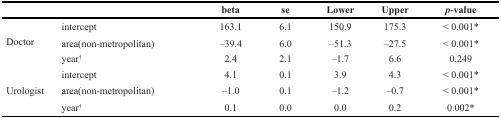
<table><thead><tr><td></td><td></td><td><b>beta</b></td><td><b>se</b></td><td><b>Lower</b></td><td><b>Upper</b></td><td><b><i>p</i>-value</b></td></tr></thead><tbody><tr><td rowspan="3">Doctor</td><td>intercept</td><td>163.1</td><td>6.1</td><td>150.9</td><td>175.3</td><td>&lt; 0.001*</td></tr><tr><td>area(non-metropolitan)</td><td>–39.4</td><td>6.0</td><td>–51.3</td><td>–27.5</td><td>&lt; 0.001*</td></tr><tr><td>year<sup>†</sup></td><td>2.4</td><td>2.1</td><td>–1.7</td><td>6.6</td><td>0.249</td></tr><tr><td rowspan="3">Urologist</td><td>intercept</td><td>4.1</td><td>0.1</td><td>3.9</td><td>4.3</td><td>&lt; 0.001*</td></tr><tr><td>area(non-metropolitan)</td><td>–1.0</td><td>0.1</td><td>–1.2</td><td>–0.7</td><td>&lt; 0.001*</td></tr><tr><td>year<sup>†</sup></td><td>0.1</td><td>0.0</td><td>0.0</td><td>0.2</td><td>0.002*</td></tr></tbody></table>